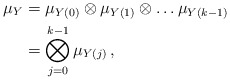
\begin{align*}\mu_Y& = \mu_{Y(0)} \otimes \mu_{Y(1)} \otimes \ldots \mu_{Y(k-1)}\\& = \bigotimes_{j=0}^{k-1} \mu_{Y(j)}\,,\end{align*}